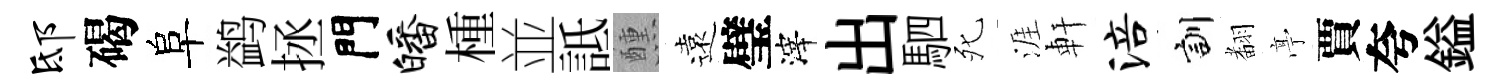
邸碣阜鹢拯門皤㮔並詆醺遠璧滓出駟死涯軒涪訓𮋒𠅘賈夸鎰